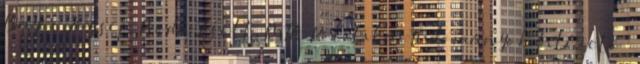
Bayer József, Boda Zsolt, MTA Politikai Tudományok Intézete –